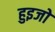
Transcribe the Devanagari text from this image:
हुइजो